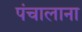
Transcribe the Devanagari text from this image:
पंचालाना